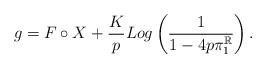
LaTeX: \begin{align*}g=F\circ X +\frac{K}{p}Log\left(\frac{1}{1-4p\pi_1^\mathbb{R}}\right).\end{align*}